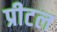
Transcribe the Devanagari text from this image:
प्रीटल